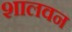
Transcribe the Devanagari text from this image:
शालवन